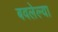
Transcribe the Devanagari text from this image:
बवलेल्या